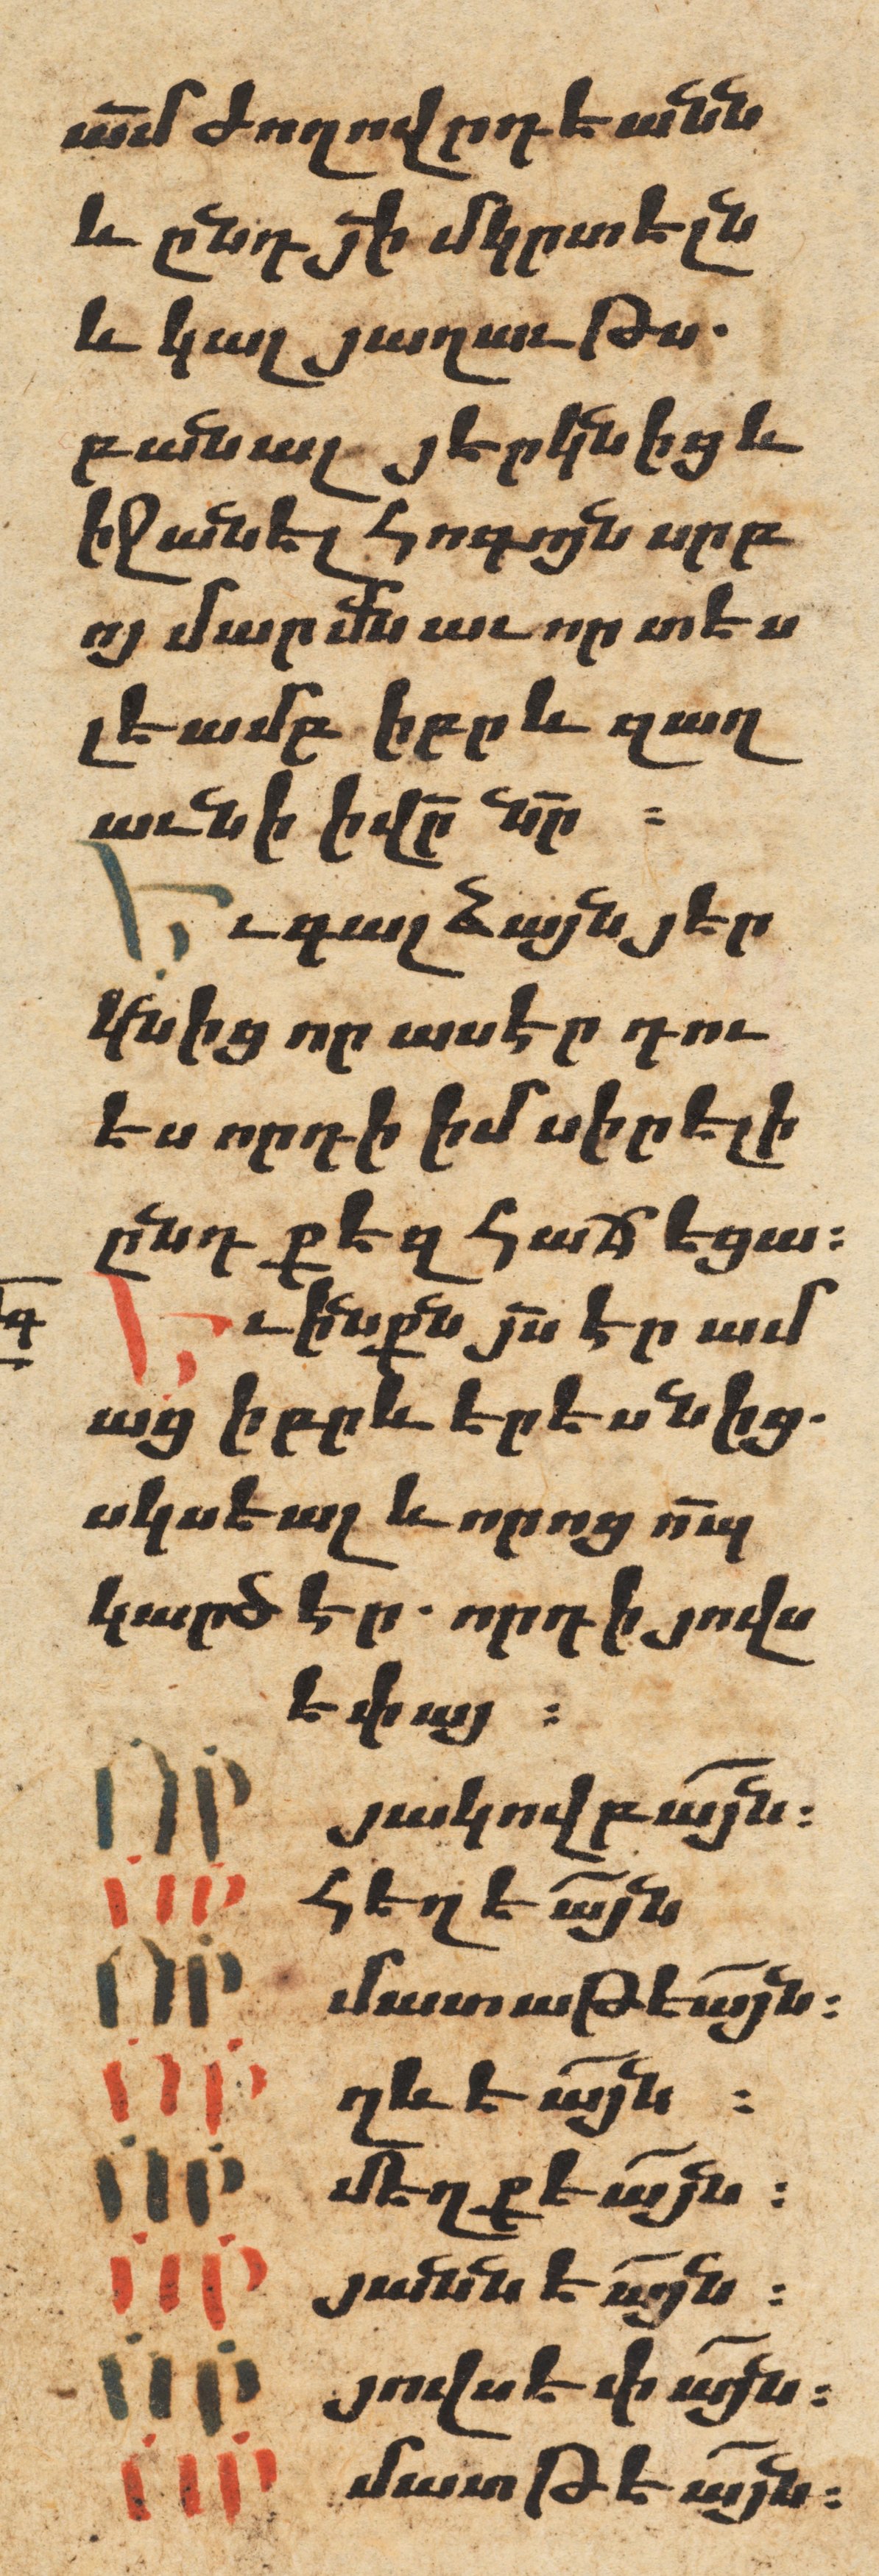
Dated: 1606–1606